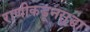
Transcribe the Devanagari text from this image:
राणीकडूनसुद्धा